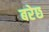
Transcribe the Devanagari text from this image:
बरेछ